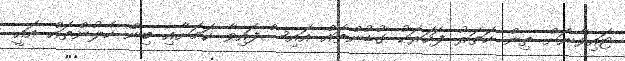
ޓައިވާނަށް ތިން ހަތަރު ފަހަރަކު ގުޑުންތައް އައިސްފައިވާ ކަމަށާއި ބިން ހެލުންތައް އައީ